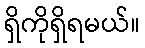
ရှိကိုရှိရမယ်။